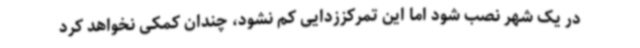
در یک شهر نصب شود اما این تمرکززدایی کم نشود، چندان کمکی نخواهد کرد